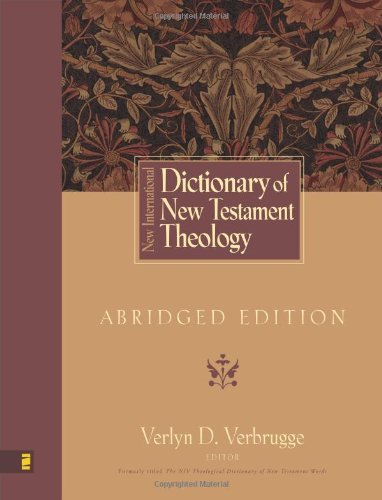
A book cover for New International Dictionary of New Testament Theology: Abridged Edition; Christian Books & Bibles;